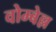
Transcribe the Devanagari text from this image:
वोम्बेल्ल